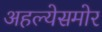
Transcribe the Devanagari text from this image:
अहल्येसमोर